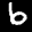
Label: 6